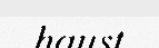
haust